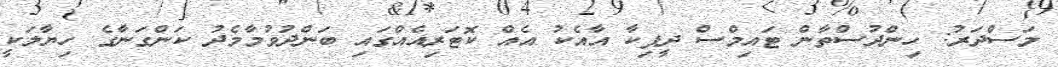
މަސްދަރު: ހިންދުސްތާން ޓައިމްސް ދީޕިކާ އާއެކު އެއް ކޮޓަރިއެއްގައި ބަންދުވުމާމެދު ކަންގަނާގެ ހިޔާލަކީ